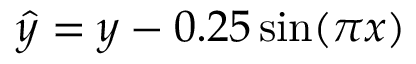
\hat { y } = y - 0 . 2 5 \sin ( \pi x )